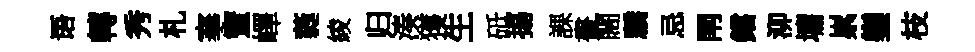
语轉秀札搴蜜嶧蕤綾归湊獲生砥揚課畫闊驕忌閈鐺泖墉累鑾枝